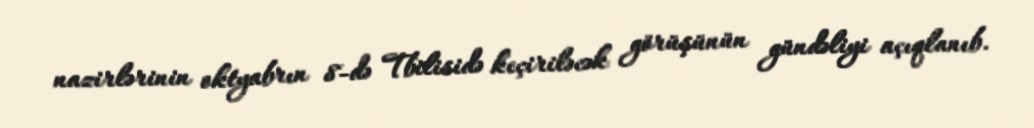
nazirlərinin oktyabrın 8-də Tbilisidə keçiriləcək görüşünün gündəliyi açıqlanıb.